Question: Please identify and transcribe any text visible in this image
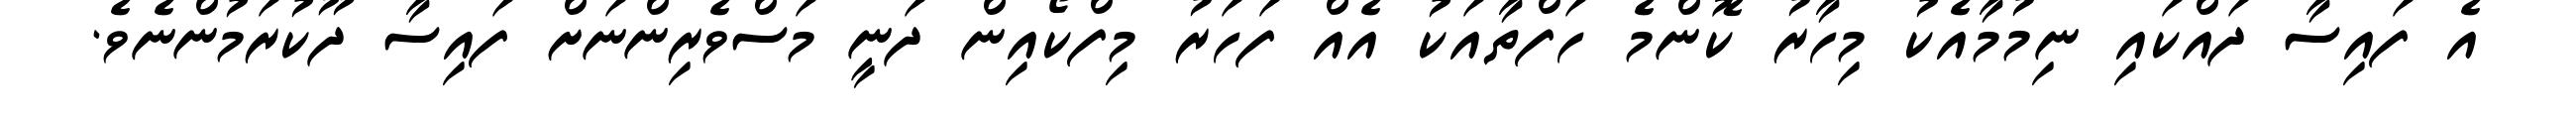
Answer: އެ ފައިސާ ދައްކައި ނިމުމާއެކު މިހާރު ކޮންމެ ހަފްތާއަކު އެއް ފަހަރު މިފްކޯއިން ދަނީ މަސްވެރިންނަށް ފައިސާ ދޫކުރަމުންނެވެ.